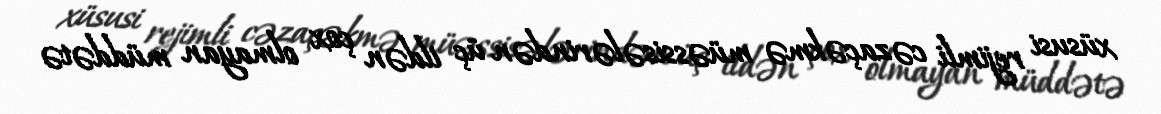
xüsusi rejimli cəzaçəkmə müəssisələrindən üç ildən çox olmayan müddətə